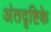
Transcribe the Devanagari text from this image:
अंतदृष्टिके